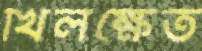
খিলক্ষেত